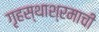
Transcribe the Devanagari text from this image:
गृहस्थाश्रमाची